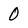
Character: 0